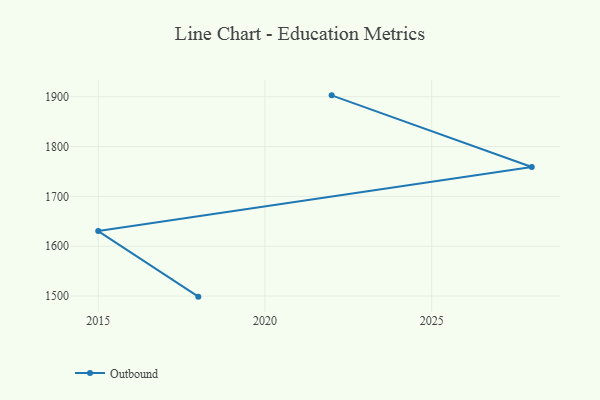
{"axis": {"x": "Year", "y": "Population (Million)"}, "legend": ["Outbound"], "data": [{"x": "2018", "y": 1498.9, "type": "Outbound"}, {"x": "2015", "y": 1630.4, "type": "Outbound"}, {"x": "2028", "y": 1758.9, "type": "Outbound"}, {"x": "2022", "y": 1902.7, "type": "Outbound"}]}